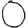
Digit: 0